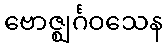
ဗောဇ္ဈင်္ဂဝသေန